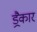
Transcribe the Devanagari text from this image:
ड्रैकार